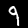
Digit: 9